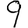
Digit: 9